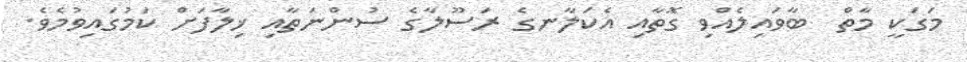
މަގަކީ މާތް  ބާވައިލެއްވި ގޮތާއި އެކަލާނގެ ރަސޫލާގެ ސުންނަތާއި ޚިލާފަށް ކަމުގައިވުމެވެ.